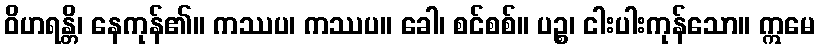
ဝိဟရန္တိ၊ နေကုန်၏။ ကဿပ၊ ကဿပ။ ခေါ၊ စင်စစ်။ ပဉ္စ၊ ငါးပါးကုန်သော။ ဣမေ